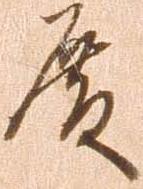
殿